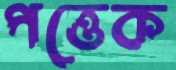
পত্তেক